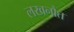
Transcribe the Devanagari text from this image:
लखनौत